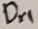
Text: Dr1